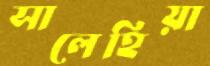
সালেহিয়া